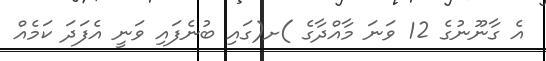
އެ ގާނޫނުގެ 12 ވަނަ މާއްދާގެ )ށ(ގައި ބުނެފައި ވަނީ އެފަދަ ކަމެއް